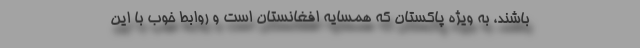
باشند، به ویژه پاکستان که همسایه افغانستان است و روابط خوب با این